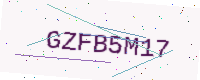
Text: GZFB5M17